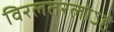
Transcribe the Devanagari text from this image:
विरलतरलोऽहं